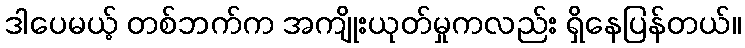
ဒါပေမယ့် တစ်ဘက်က အကျိုးယုတ်မှုကလည်း ရှိနေပြန်တယ်။